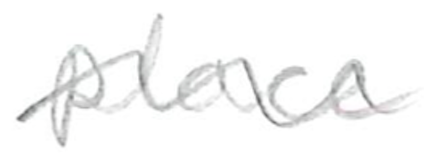
Text: place
Cross-out: wave
Writing tool: pencil